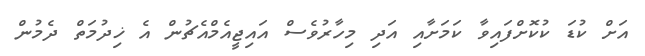
އަށް ކުޑަ ކުކޮށްފައިވާ ކަމަށާއި އަދި މިހާރުވެސް އައިޖީއެމްއެޗުން އެ ޚިދުމަތް ދެމުން